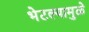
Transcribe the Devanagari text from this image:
भेटल्यामुळे